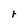
Character: r